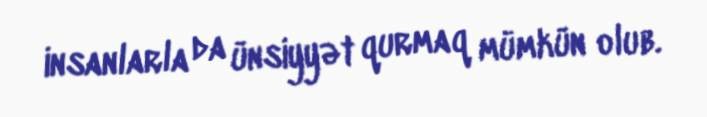
insanlarla da ünsiyyət qurmaq mümkün olub.